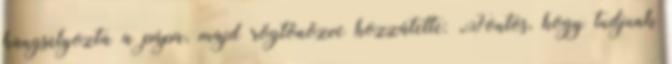
hangsúlyozta a pápa, majd rögtönözve hozzátette: „Fontos, hogy tudjunk